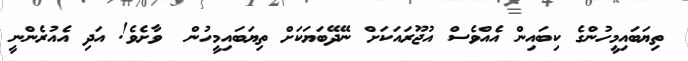
ތިޔަބައިމީހުންގެ ކިބައިން އެއްވެސް އުޖޫރައަކަށް ނޭދޭބަޔަކަށް ތިޔަބައިމީހުން  ވާށެވެ! އަދި އެއުރެންނީ